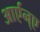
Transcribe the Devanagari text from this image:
आर्एन्ए